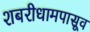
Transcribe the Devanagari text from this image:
शबरीधामपासूव